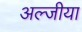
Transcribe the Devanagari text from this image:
अल्जीया